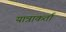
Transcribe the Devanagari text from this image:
यात्राकर्ता